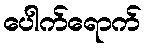
ပေါက်ရောက်